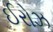
ઈરોઝ